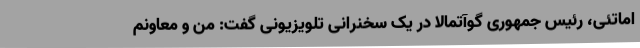
اماتئی، رئیس جمهوری گوآتمالا در یک سخنرانی تلویزیونی گفت:‌ من و معاونم